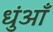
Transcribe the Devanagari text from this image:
धुंआँ